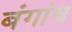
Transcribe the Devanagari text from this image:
बंगांव